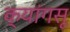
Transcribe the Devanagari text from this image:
क्यांगसू